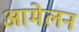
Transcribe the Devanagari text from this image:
आमेलन